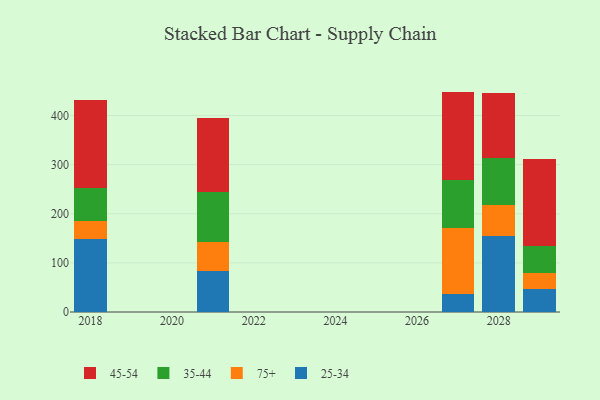
{"axis": {"x": "Year", "y": "Conversion Rate (%)"}, "legend": ["25-34", "35-44", "45-54", "75+"], "data": [{"x": "2021", "y": 84.5, "type": "25-34"}, {"x": "2021", "y": 57.5, "type": "75+"}, {"x": "2021", "y": 102.5, "type": "35-44"}, {"x": "2021", "y": 149.7, "type": "45-54"}, {"x": "2027", "y": 36.2, "type": "25-34"}, {"x": "2027", "y": 133.9, "type": "75+"}, {"x": "2027", "y": 99.6, "type": "35-44"}, {"x": "2027", "y": 179.1, "type": "45-54"}, {"x": "2029", "y": 47.2, "type": "25-34"}, {"x": "2029", "y": 32.0, "type": "75+"}, {"x": "2029", "y": 55.4, "type": "35-44"}, {"x": "2029", "y": 177.5, "type": "45-54"}, {"x": "2018", "y": 148.6, "type": "25-34"}, {"x": "2018", "y": 37.5, "type": "75+"}, {"x": "2018", "y": 67.0, "type": "35-44"}, {"x": "2018", "y": 178.8, "type": "45-54"}, {"x": "2028", "y": 155.0, "type": "25-34"}, {"x": "2028", "y": 62.4, "type": "75+"}, {"x": "2028", "y": 95.3, "type": "35-44"}, {"x": "2028", "y": 132.5, "type": "45-54"}]}